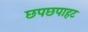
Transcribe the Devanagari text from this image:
छपछपाहट